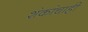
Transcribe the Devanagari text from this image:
शंकांचाही